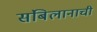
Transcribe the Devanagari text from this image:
संबिलानाची